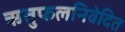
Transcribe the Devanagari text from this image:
ऋतुफलनिवेदित